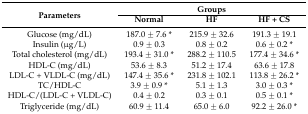
<table><thead><tr><td rowspan="2"><b>Parameters</b></td><td colspan="3"><b>Groups</b></td></tr><tr><td><b>Normal</b></td><td><b>HF</b></td><td><b>HF + CS</b></td></tr></thead><tbody><tr><td>Glucose (mg/dL)</td><td>187.0 ± 7.6 *</td><td>215.9 ± 32.6</td><td>191.3 ± 19.1</td></tr><tr><td>Insulin (μg/L)</td><td>0.9 ± 0.3</td><td>0.8 ± 0.2</td><td>0.6 ± 0.2 *</td></tr><tr><td>Total cholesterol (mg/dL)</td><td>193.4 ± 31.0 *</td><td>288.2 ± 110.5</td><td>177.4 ± 34.6 *</td></tr><tr><td>HDL-C (mg/dL)</td><td>53.6 ± 8.3</td><td>51.2 ± 17.4</td><td>63.6 ± 17.8</td></tr><tr><td>LDL-C + VLDL-C (mg/dL)</td><td>147.4 ± 35.6 *</td><td>231.8 ± 102.1</td><td>113.8 ± 26.2 *</td></tr><tr><td>TC/HDL-C</td><td>3.9 ± 0.9 *</td><td>5.1 ± 1.3</td><td>3.0 ± 0.3 *</td></tr><tr><td>HDL-C/(LDL-C + VLDL-C)</td><td>0.4 ± 0.2</td><td>0.3 ± 0.1</td><td>0.5 ± 0.1 *</td></tr><tr><td>Triglyceride (mg/dL)</td><td>60.9 ± 11.4</td><td>65.0 ± 6.0</td><td>92.2 ± 26.0 *</td></tr></tbody></table>